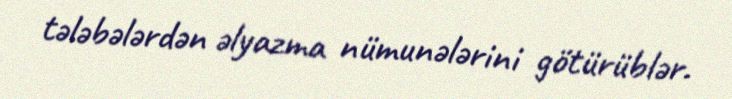
tələbələrdən əlyazma nümunələrini götürüblər.